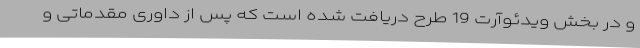
و در بخش ویدئوآرت 19 طرح دریافت شده است که پس از داوری مقدماتی و